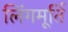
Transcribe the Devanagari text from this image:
लिंगमूर्ति